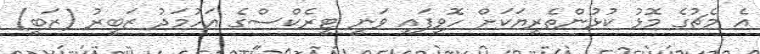
އެ މެޗުގެ މޮޅު ކުޅުންތެރިޔަކަށް ހޮވިފައި ވަނީ ޓީރެކްސްގެ އަހުމަދު ޒަބީރު (ޒަބީ)